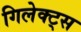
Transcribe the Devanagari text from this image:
गिलेक्ट्स